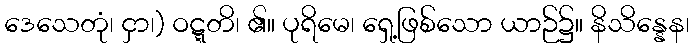
ဒေသေတုံ၊ ငှာ၊) ဝဋ္ဋတိ၊ ၏။ ပုရိမေ၊ ရှေ့ဖြစ်သော ယာဉ်၌။ နိသိန္နေန၊